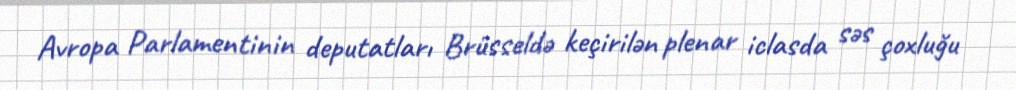
Avropa Parlamentinin deputatları Brüsseldə keçirilən plenar iclasda səs çoxluğu